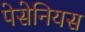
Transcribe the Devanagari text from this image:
पेसेनियस